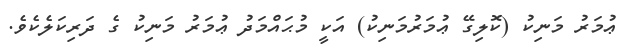
ޢުމަރު މަނިކު (ކޮލިގޭ ޢުމަރުމަނިކު) އަކީ މުޙައްމަދު ޢުމަރު މަނިކު ގެ ދަރިކަލެކެވެ.